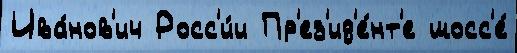
Ива́нов'ич Росс'и́и Пр'ез'ид'е́нт'е шосс'е́